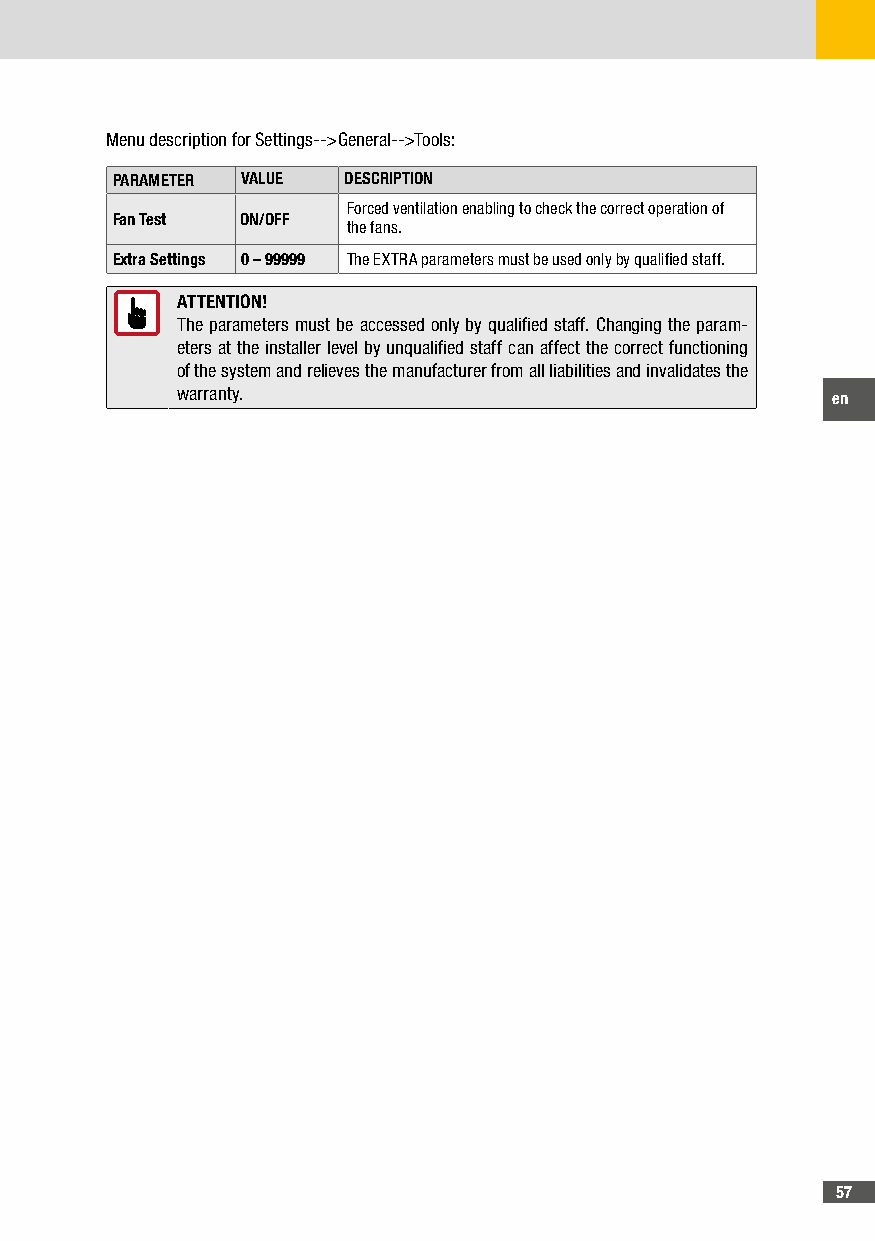
Menu description for Settings-->General-->Tools:
 PARAMETER VALUE DESCRIPTION
 Forced ventilation enabling to check the correct operation of
 Fan Test ON/OFF
 the fans.
 Extra Settings 0 – 99999 The EXTRA parameters must be used only by qualified staff.
 ATTENTION!
 The parameters must be accessed only by qualified staff. Changing the param-
 eters at the installer level by unqualified staff can affect the correct functioning
 of the system and relieves the manufacturer from all liabilities and invalidates the
 warranty.                                  en
 57